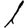
Digit: 1